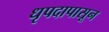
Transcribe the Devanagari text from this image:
धृपदापासून